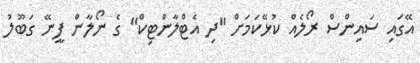
އޭގައި ސައިންސް ރޯލެއް ކުޅޭކަމަށް "ދި އެޓްލާންޓިކް" ގެ ނޯލާން ފީނޭ ގަބޫލު